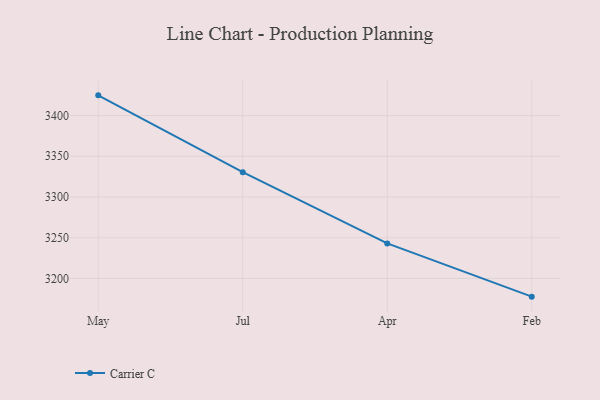
{"axis": {"x": "Month", "y": "Population (Million)"}, "legend": ["Carrier C"], "data": [{"x": "May", "y": 3424.8, "type": "Carrier C"}, {"x": "Jul", "y": 3330.5, "type": "Carrier C"}, {"x": "Apr", "y": 3243.0, "type": "Carrier C"}, {"x": "Feb", "y": 3177.7, "type": "Carrier C"}]}